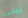
تبني